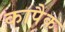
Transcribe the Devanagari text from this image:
कापैक